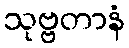
သုဗ္ဗတာနံ